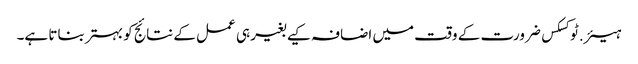
ہیئر.ٹوکسکس ضرورت کے وقت میں اضافہ کیے بغیر ہی عمل کے نتائج کو بہتر بناتا ہے۔